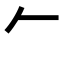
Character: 𠂉